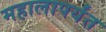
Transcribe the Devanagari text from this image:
महालापर्यंत